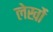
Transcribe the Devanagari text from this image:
लेखोंं